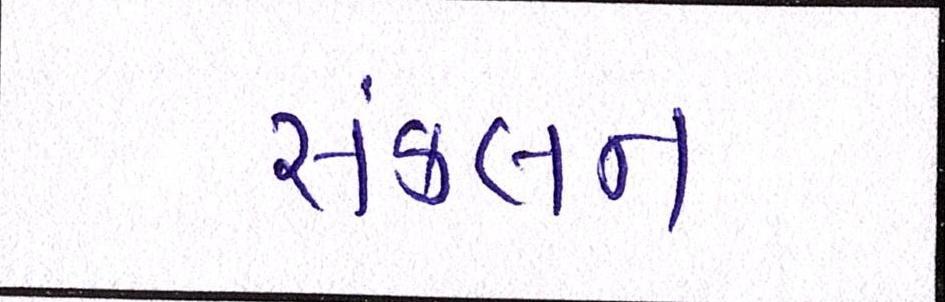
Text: સંકલન